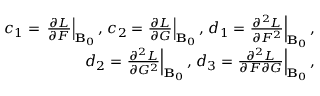
\begin{array} { r } { c _ { 1 } = \left. \frac { \partial { \cal L } } { \partial { \cal F } } \right| _ { { \bf B } _ { 0 } } , \left. c _ { 2 } = \frac { \partial { \cal L } } { \partial { \cal G } } \right| _ { { \bf B } _ { 0 } } , \left. d _ { 1 } = \frac { \partial ^ { 2 } { \cal L } } { \partial { \cal F } ^ { 2 } } \right| _ { { \bf B } _ { 0 } } , } \\ { \left. d _ { 2 } = \frac { \partial ^ { 2 } { \cal L } } { \partial { \cal G } ^ { 2 } } \right| _ { { \bf B } _ { 0 } } , \left. d _ { 3 } = \frac { \partial ^ { 2 } { \cal L } } { \partial { \cal F } \partial { \cal G } } \right| _ { { \bf B } _ { 0 } } , } \end{array}